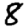
Digit: 8